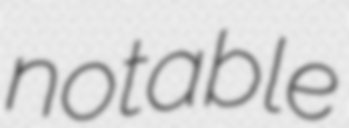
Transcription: notable